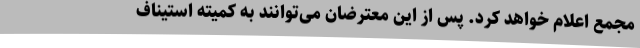
مجمع اعلام خواهد کرد. پس از این معترضان می‌توانند به کمیته استیناف